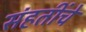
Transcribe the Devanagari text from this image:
संहतींचे